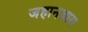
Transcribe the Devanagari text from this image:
जहानआरा